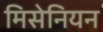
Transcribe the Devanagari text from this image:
मिसेनियन